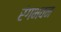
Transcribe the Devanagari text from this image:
रंगभवन